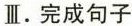
Ⅲ。完成句子